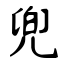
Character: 兜